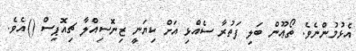
އެޅުމުންނެވެ. ތޯޢޫން ބަލި ފަތުރާ ސެއްޅި އަށް ކިޔަނީ ޒިނޮސިއްލާ ޗިއޮޕިސް ()އެވެ.